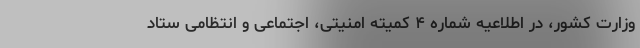
وزارت کشور، در اطلاعیه شماره ۴ کمیته امنیتی، اجتماعی و انتظامی ستاد